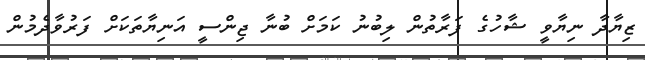
ޒިޔާދާ ނިޔާވީ ޝާހުގެ ފަރާތުން ލިބުނު ކަމަށް ބުނާ ޖިންސީ އަނިޔާތަކަށް ފަރުވާދެމުން